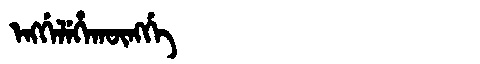
Manchu: ᡝᠩᡤᡝᠯᡝᡥᠠᡴᡡᠩᡤᡝ
Romanization: ENGGELEHAKŪNGGE